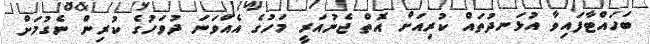
ބަހައްޓާފައިވާ އުޅަނދުތައް ކުރިއަށް އޮތް ޖެނުއަރީ މަހުގެ އެއްވަނަ ދުވަހުގެ ކުރިން ނެގުމަށް